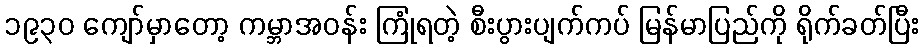
၁၉၃၀ ကျော်မှာတော့ ကမ္ဘာအဝန်း ကြုံရတဲ့ စီးပွားပျက်ကပ် မြန်မာပြည်ကို ရိုက်ခတ်ပြီး